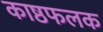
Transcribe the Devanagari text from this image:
काष्ठफलक